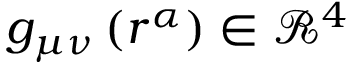
g _ { \mu \nu } \left( r ^ { \alpha } \right) \in \mathcal { R } ^ { 4 }